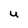
Character: U